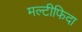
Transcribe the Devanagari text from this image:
मल्टीफिदा